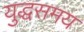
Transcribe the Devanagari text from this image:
युद्धसमय